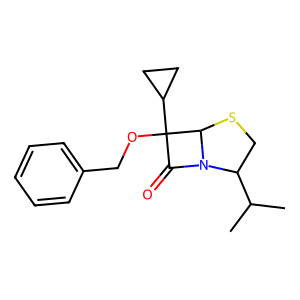
SMILES: CC(C)C1CSC2N1C(=O)C2(OCc1ccccc1)C1CC1
Inhibits HIV replication: No